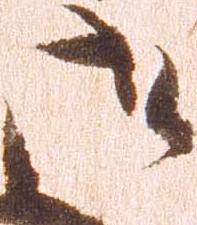
御